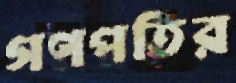
গণপতির